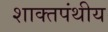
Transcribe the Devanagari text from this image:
शाक्तपंथीय